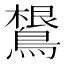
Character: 𱈴